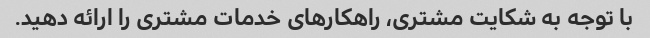
با توجه به شکایت مشتری، راهکارهای خدمات مشتری را ارائه دهید.